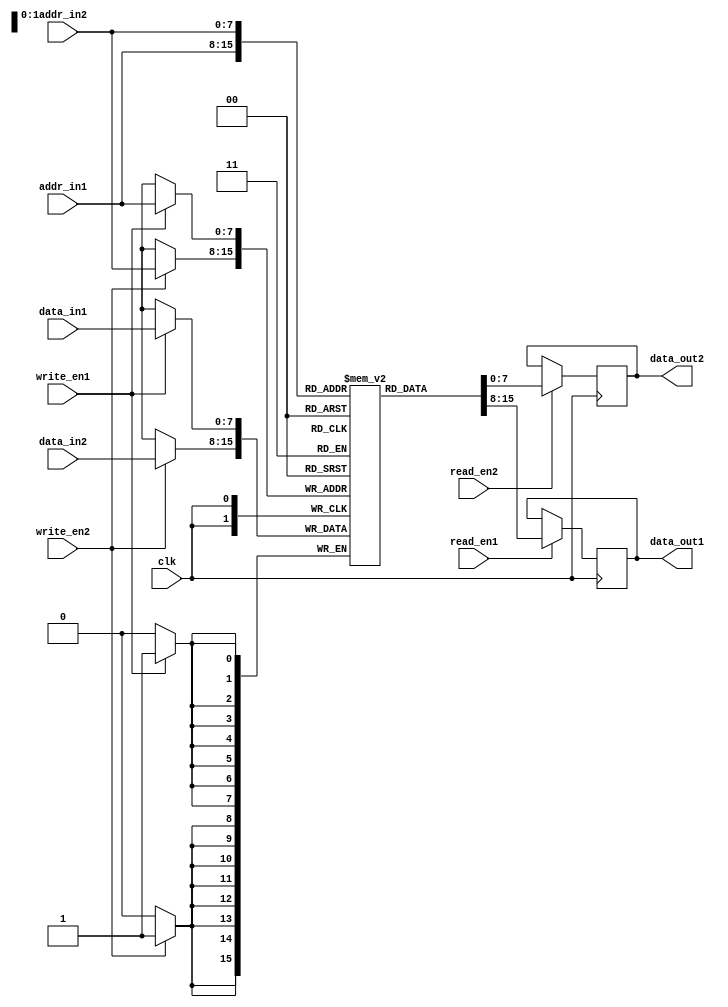
module dual_port_ram (
    input wire clk,
    input wire [7:0] addr_in1,
    input wire [7:0] addr_in2,
    input wire [7:0] data_in1,
    input wire [7:0] data_in2,
    input wire write_en1,
    input wire write_en2,
    input wire read_en1,
    input wire read_en2,
    output reg [7:0] data_out1,
    output reg [7:0] data_out2
);

reg [7:0] memory [0:255];

always @(posedge clk) begin
    if (write_en1) begin
        memory[addr_in1] <= data_in1;
    end
    if (write_en2) begin
        memory[addr_in2] <= data_in2;
    end
    if (read_en1) begin
        data_out1 <= memory[addr_in1];
    end
    if (read_en2) begin
        data_out2 <= memory[addr_in2];
    end
end

endmodule